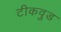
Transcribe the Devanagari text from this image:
टीकवुड